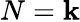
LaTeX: N=\mathbf{k}